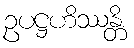
ဥပဋ္ဌဟိဿန္တိ